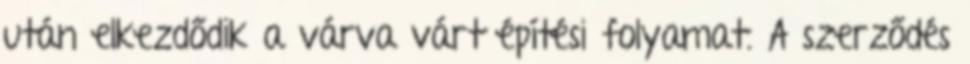
után elkezdődik a várva várt építési folyamat. A szerződés